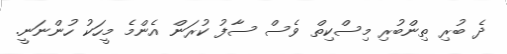
ދެ ބުރި ތިންބުރި މިސްކިތް ވެސް ސާފު ކުރަން އެންމެ މީހަކު ހުންނަނީ.